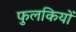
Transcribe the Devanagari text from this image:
फुलकियों